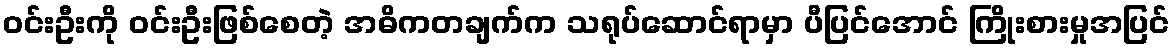
ဝင်းဦးကို ဝင်းဦးဖြစ်စေတဲ့ အဓိကတချက်က သရုပ်ဆောင်ရာမှာ ပီပြင်အောင် ကြိုးစားမှုအပြင်